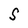
Character: S